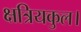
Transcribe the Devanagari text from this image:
क्षत्रियकुल।